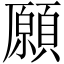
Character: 願